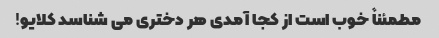
مطمئناً خوب است از کجا آمدی هر دختری می شناسد کلایو!